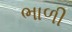
ભાળી